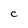
Character: C